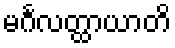
မင်္ဂလတ္ထာယာတိ